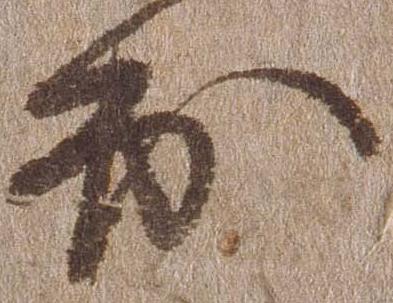
出